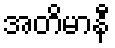
အတိမာနီ